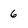
Character: 6